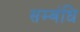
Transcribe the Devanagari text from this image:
सम्बंधि